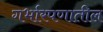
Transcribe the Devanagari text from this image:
गर्भारपणातील